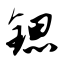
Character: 锶